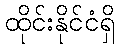
ထိုင်းနိုင်ငံရှိ